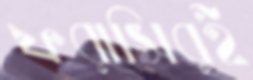
ফরাসিরই